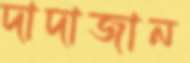
দাদাজান